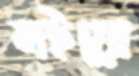
লইয়ো